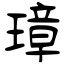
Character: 璋